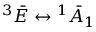
^ { 3 } \bar { E } \leftrightarrow { ^ { 1 } \bar { A } _ { 1 } }